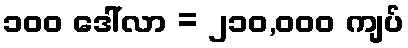
၁၀၀ ဒေါ်လာ = ၂၁၀,၀၀၀ ကျပ်